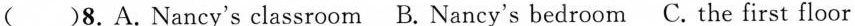
( )8.A.Nancy's classroom B.Nancy's bedroom C.The first floor